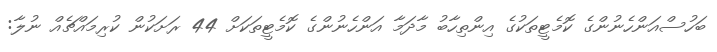
ބަހުސްއަންހެނުންގެ ކޮމެޓީތަކުގެ އިންތިހާބު މާދަމާ އަންހެނުންގެ ކޮމެޓީތަކަށް 44 ރަށަކުން ކުރިމައްޗެއް ނުލާ: